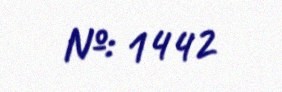
№: 1442